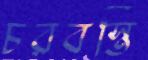
চরবস্তি